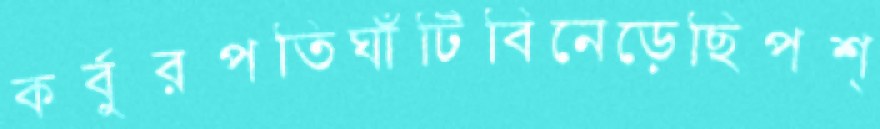
কর্বুরপতিঘাঁটিবিনেড়েছিপশ্